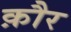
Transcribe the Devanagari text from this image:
क़ौर